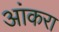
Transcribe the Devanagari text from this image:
आंकरा